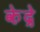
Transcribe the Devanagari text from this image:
केद्रे